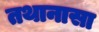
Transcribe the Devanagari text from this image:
तथानासा